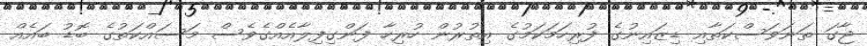
ޖާގަ ތަނަވަސްކަތާއި ޑިޒައިނުގެ ފުރިހަމަކަމުގެ އިތުރުން ހުރިހާ ފަންގިފިލާއެއްގެވެސް މަސައްކަތުގެ ބޮޑު ބައެއް